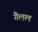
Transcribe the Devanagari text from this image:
गैलल